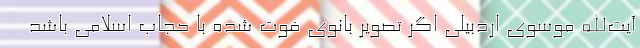
آیت‌الله موسوی اردبیلی اگر تصویر بانوی فوت شده با حجاب اسلامی باشد